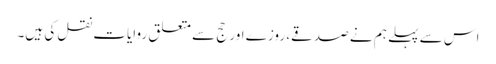
اس سے پہلے ہم نے صدقے، روزے اور حج سے متعلق روایات نقل کی ہیں۔